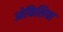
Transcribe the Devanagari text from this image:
ओफिलिया